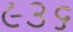
૯૩૬